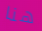
هنا